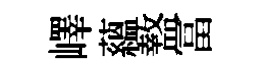
嶧蘊盩冨